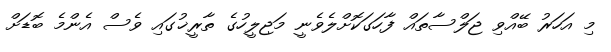
މި އަހަރު ބޭއްވި ޖަލްސާތައް ފާހަގަކޮށްލެވެނީ މަޖިލީހުގެ ތާރީޚުގައި ވެސް އެންމެ ބޮޑަށް